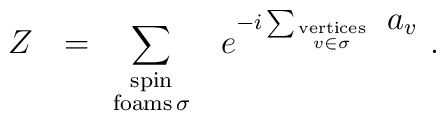
Z \ \ =\ \sum_{\mbox{\scriptsize spin} \atop \mbox{\scriptsize foams} \, \scriptstyle \sigma} \ \ e^{-i\sum_{\mbox{\tiny vertices}  \atop \scriptscriptstyle{v \in \sigma}}\ \displaystyle{a_{v}}} \ .